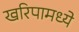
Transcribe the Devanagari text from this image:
खरिपामध्ये